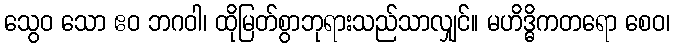
သွေဝ သော ဧဝ ဘဂဝါ၊ ထိုမြတ်စွာဘုရားသည်သာလျှင်။ မဟိဒ္ဓိကတရော စေဝ၊